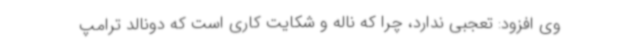
وی افزود: تعجبی ندارد، چرا که ناله و شکایت کاری است که دونالد ترامپ